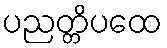
ပညတ္တိပထေ